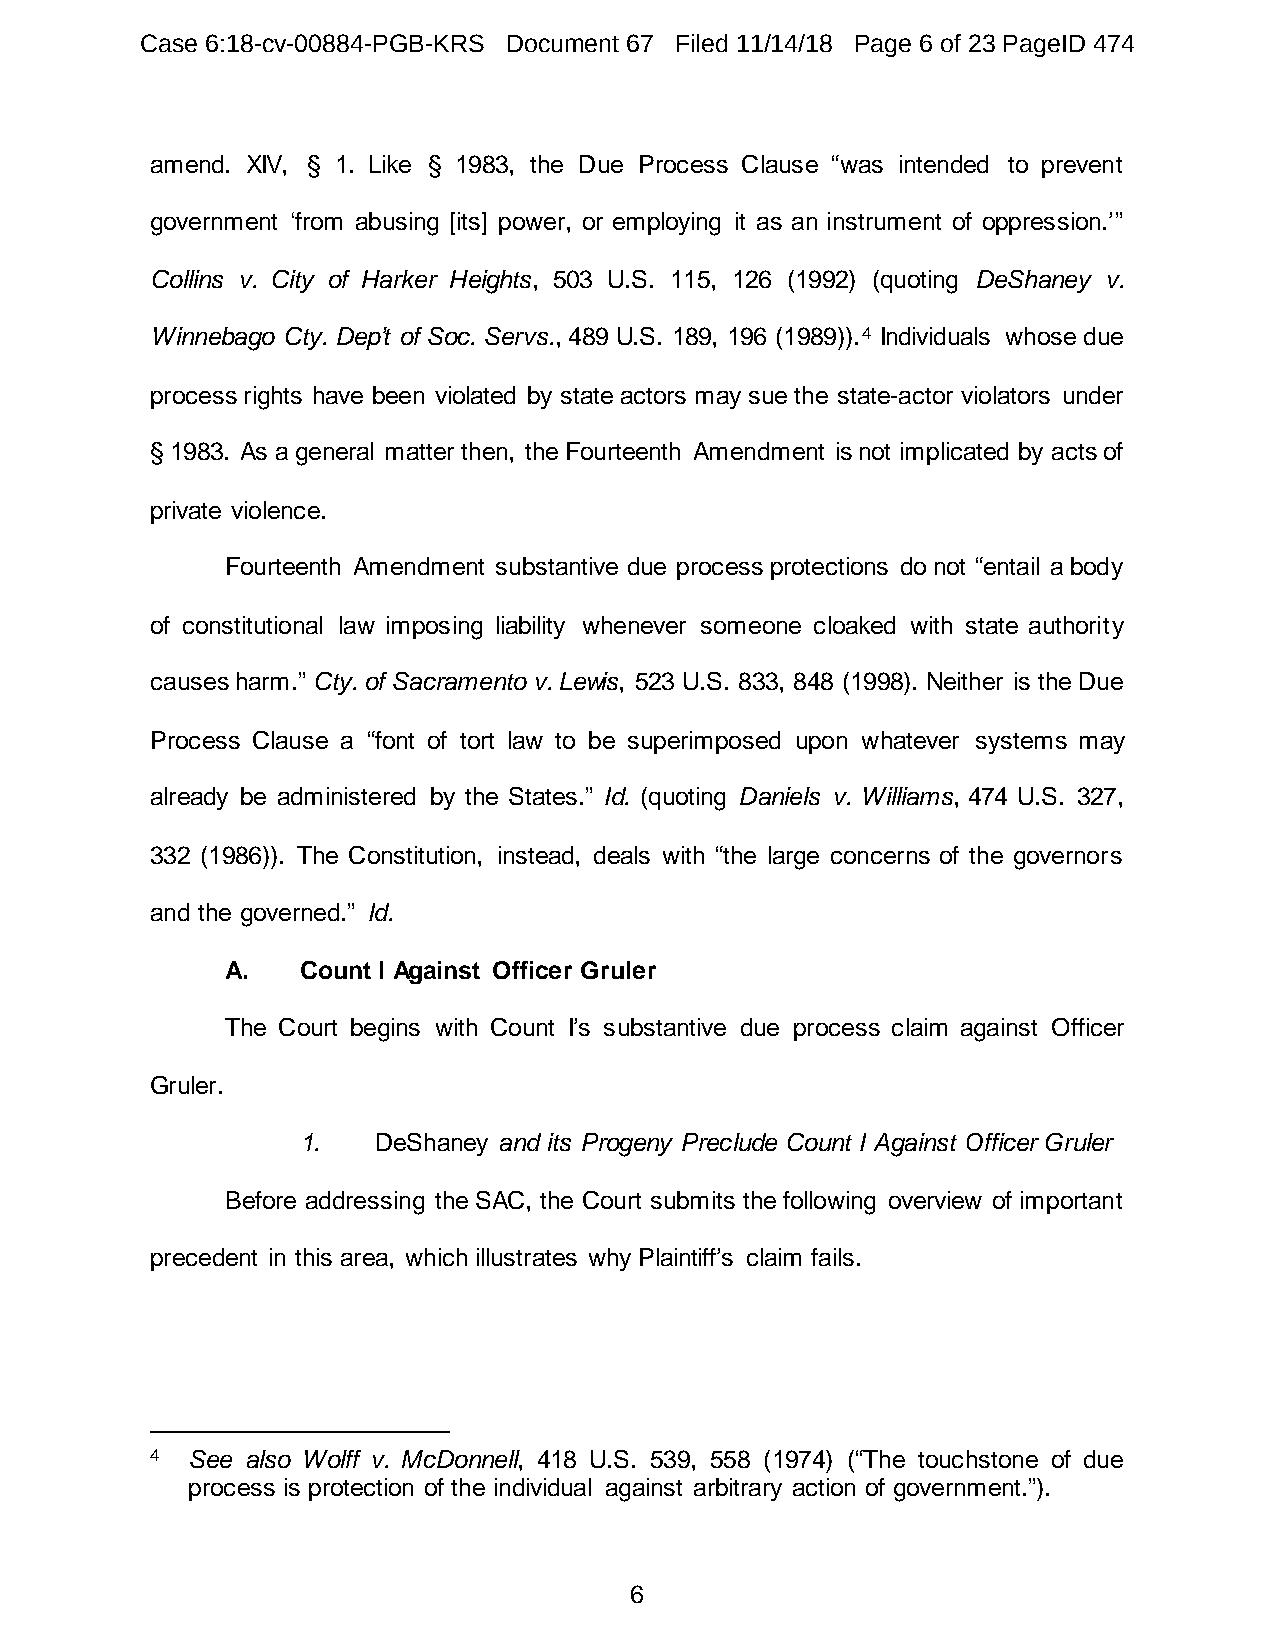
Case 6:18-cv-00884-PGB-KRS Document 67 Filed 11/14/18 Page 6 of 23 PageID 474
 amend. XIV, § 1. Like § 1983, the Due Process Clause “was intended to prevent
 government ‘from abusing [its] power, or employing it as an instrument of oppression.’”
 Collins v. City of Harker Heights, 503 U.S. 115, 126 (1992) (quoting DeShaney v.
 Winnebago Cty. Dep’t of Soc. Servs., 489 U.S. 189, 196 (1989)).4 Individuals whose due
 process rights have been violated by state actors may sue the state-actor violators under
 § 1983. As a general matter then, the Fourteenth Amendment is not implicated by acts of
 private violence.
 Fourteenth Amendment substantive due process protections do not “entail a body
 of constitutional law imposing liability whenever someone cloaked with state authority
 causes harm.” Cty. of Sacramento v. Lewis, 523 U.S. 833, 848 (1998). Neither is the Due
 Process Clause a “font of tort law to be superimposed upon whatever systems may
 already be administered by the States.” Id. (quoting Daniels v. Williams, 474 U.S. 327,
 332 (1986)). The Constitution, instead, deals with “the large concerns of the governors
 and the governed.” Id.
 A.   Count I Against Officer Gruler
 The Court begins with Count I’s substantive due process claim against Officer
 Gruler.
 1.   DeShaney and its Progeny Preclude Count I Against Officer Gruler
 Before addressing the SAC, the Court submits the following overview of important
 precedent in this area, which illustrates why Plaintiff’s claim fails.
 4 See also Wolff v. McDonnell, 418 U.S. 539, 558 (1974) (“The touchstone of due
 process is protection of the individual against arbitrary action of government.”).
 6